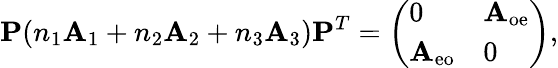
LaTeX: \mathbf{P}(n_{1}\mathbf{A}_{1}+n_{2}\mathbf{A}_{2}+n_{3}\mathbf{A}_{3})\mathbf{P}^{T}=\left(\begin{array}{ll}{0}&{\mathbf{A}_{\mathrm{oe}}}\\ {\mathbf{A}_{\mathrm{eo}}}&{0}\end{array}\right),